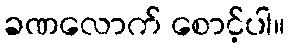
ခဏလောက် စောင့်ပါ။